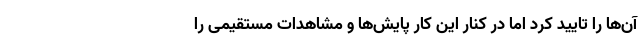
آن‌ها را تایید کرد اما در کنار این کار پایش‌ها و مشاهدات مستقیمی را